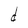
Character: d